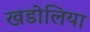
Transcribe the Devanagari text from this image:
खडोलिया